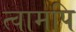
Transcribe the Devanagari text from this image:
त्वामपि